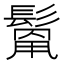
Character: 𩮓